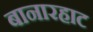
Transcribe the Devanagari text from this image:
बानारहाट